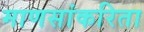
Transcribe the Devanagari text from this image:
माणसांकरिता